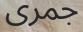
جمرى